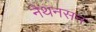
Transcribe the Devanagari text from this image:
नेथनसन